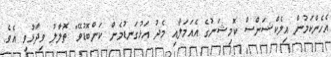
އެހެންކަމުން އިލެކްޝަންސް ކޮމިޝަނުގެ އެއަމަލާއި މެދު އަޅުގަނޑުމެން ކަންބޮޑުވޭ" ތޮލާލު ވިދާޅުވި އެވެ.